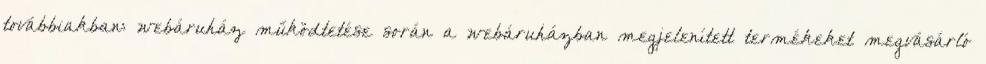
továbbiakban: webáruház működtetése során a webáruházban megjelenített termékeket megvásárló